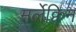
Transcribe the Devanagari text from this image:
मर्लेक्विन